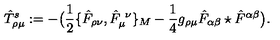
\hat { T } _ { \rho \mu } ^ { s } : = - \big ( { \frac { 1 } { 2 } } \{ \hat { F } _ { \rho \nu } , \hat { F } _ { \mu } ^ { \ \nu } \} _ { M } - { \frac { 1 } { 4 } } g _ { \rho \mu } \hat { F } _ { \alpha \beta } \star \hat { F } ^ { \alpha \beta } \big ) .